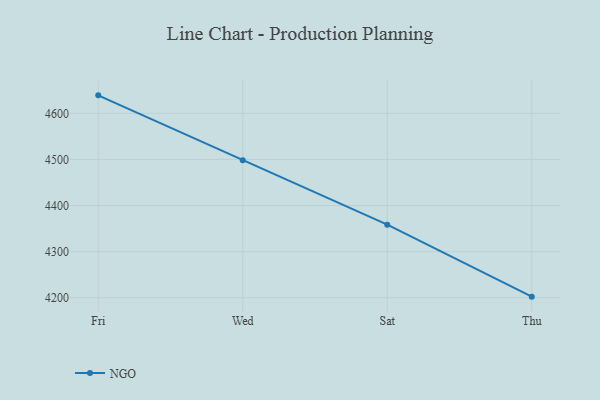
{"axis": {"x": "Day", "y": "Operating Costs (USD K)"}, "legend": ["NGO"], "data": [{"x": "Fri", "y": 4639.0, "type": "NGO"}, {"x": "Wed", "y": 4498.0, "type": "NGO"}, {"x": "Sat", "y": 4358.5, "type": "NGO"}, {"x": "Thu", "y": 4202.3, "type": "NGO"}]}